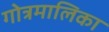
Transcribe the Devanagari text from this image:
गोत्रमालिका